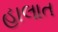
હાલાત